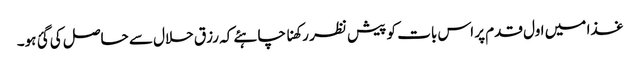
غذا میں اول قدم پر اس بات کو پیش نظر رکھنا چاہئے کہ رزق حلال سے حاصل کی گئ ہو۔